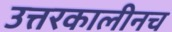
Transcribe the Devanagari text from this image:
उत्तरकालीनच